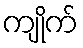
ကျိုက်